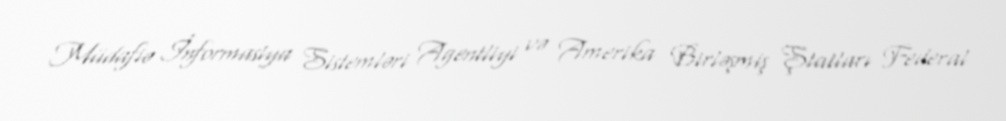
Müdafiə İnformasiya Sistemləri Agentliyi və Amerika Birləşmiş Ştatları Federal